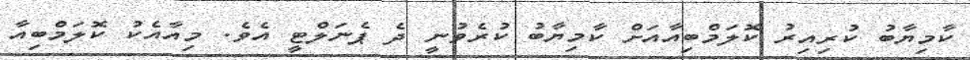
ކާމިޔާބު ކުރިއިރު ކޮލަމްބިއާއަށް ކާމިޔާބު ކުރެވުނީ ދެ ޕެނަލްޓީ އެވެ. މިއާއެކު ކޮލަމްބިއާ